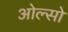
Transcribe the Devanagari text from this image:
ओल्सो